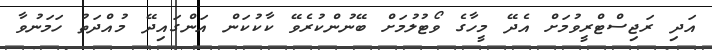
އަދި ރަޖިސްޓްރީވުމަށް އެދޭ މީހާގެ ވޯޓުލުމަށް ބޭނުންކުރެވޭ ކާކުކަން އަންގައިދޭ މުއްދަތު ހަމަނުވާ